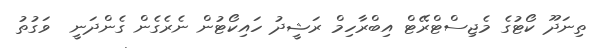
ތިނަދޫ ކޯޓުގެ މެޖިސްޓްރޭޓް އިބްރާހިމް ރަޝީދު ހައިކޯޓުން ނެރެގެން ގެންދަނީ  ވަގުތު